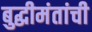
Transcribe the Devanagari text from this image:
बुद्धीमंतांची